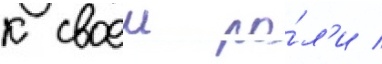
к своеи ро́л'и /